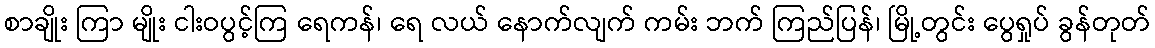
စာချိုး ကြာ မျိုး ငါးဝပွင့်ကြ ရေကန်၊ ရေ လယ် နောက်လျက် ကမ်း ဘက် ကြည်ပြန်၊ မြို့တွင်း ပွေရှုပ် ခွန်တုတ်